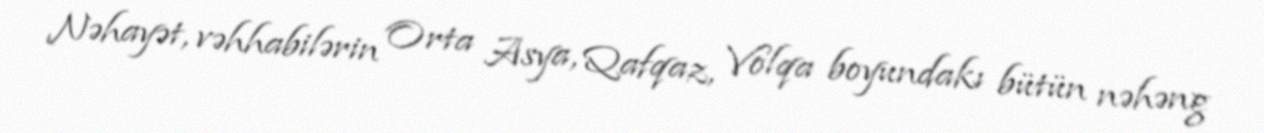
Nəhayət, vəhhabilərin Orta Asya, Qafqaz, Volqa boyundakı bütün nəhəng